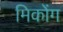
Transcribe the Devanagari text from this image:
मिकोंग